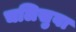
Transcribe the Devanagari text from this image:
चलिसुवा